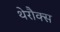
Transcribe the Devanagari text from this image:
थेरौक्स